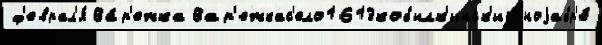
ф'еврал'я́ Ва́р'ежка Вар'ежкас'ело1613кобылк'инск'ий ноjабр'е́